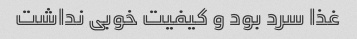
غذا سرد بود و کیفیت خوبی نداشت